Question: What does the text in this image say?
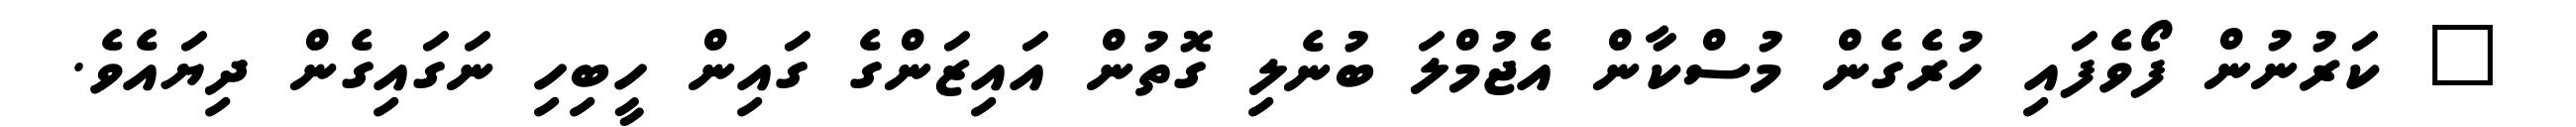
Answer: " ކަރުނުން ފޯވެފައި ހުރެގެން މުސްކާން އެޖުމްލަ ބުނެލި ގޮތުން އައިޒަންގެ ގައިން ހީބިހި ނަގައިގެން ދިޔައެވެ.